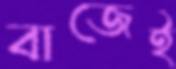
বাজেই